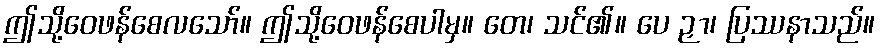
ဤသို့ဝေဖန်စေလသော်။ ဤသို့ဝေဖန်စေပါမှ။ တေ၊ သင်၏။ ပေ ဉှာ၊ ပြဿနာသည်။